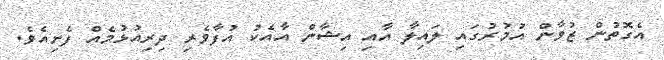
އެގޮތުން ޒުވާން އުމުރުގައި ލައިލާ އާއި އިޝާން އާއެކު އުފާވެރި ދިރިއުޅުމެއް ފެށިއެވެ.